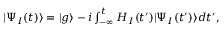
\begin{array} { r } { | \Psi _ { I } ( t ) \rangle = | g \rangle - i \int _ { - \infty } ^ { t } H _ { I } ( t ^ { \prime } ) | \Psi _ { I } ( t ^ { \prime } ) \rangle d t ^ { \prime } , } \end{array}